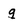
Character: q